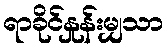
ရာခိုင်နှုန်းမျှသာ